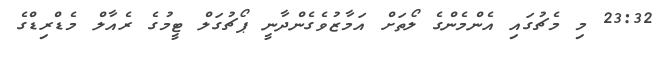
23:32 މި މެޗުގައި އެންމެންގެ ލޯތަށް އަމާޒުވެގެންދާނީ ޕޯޗުގަލް ޓީމުގެ ރެއާލް މެޑްރިޑްގެ